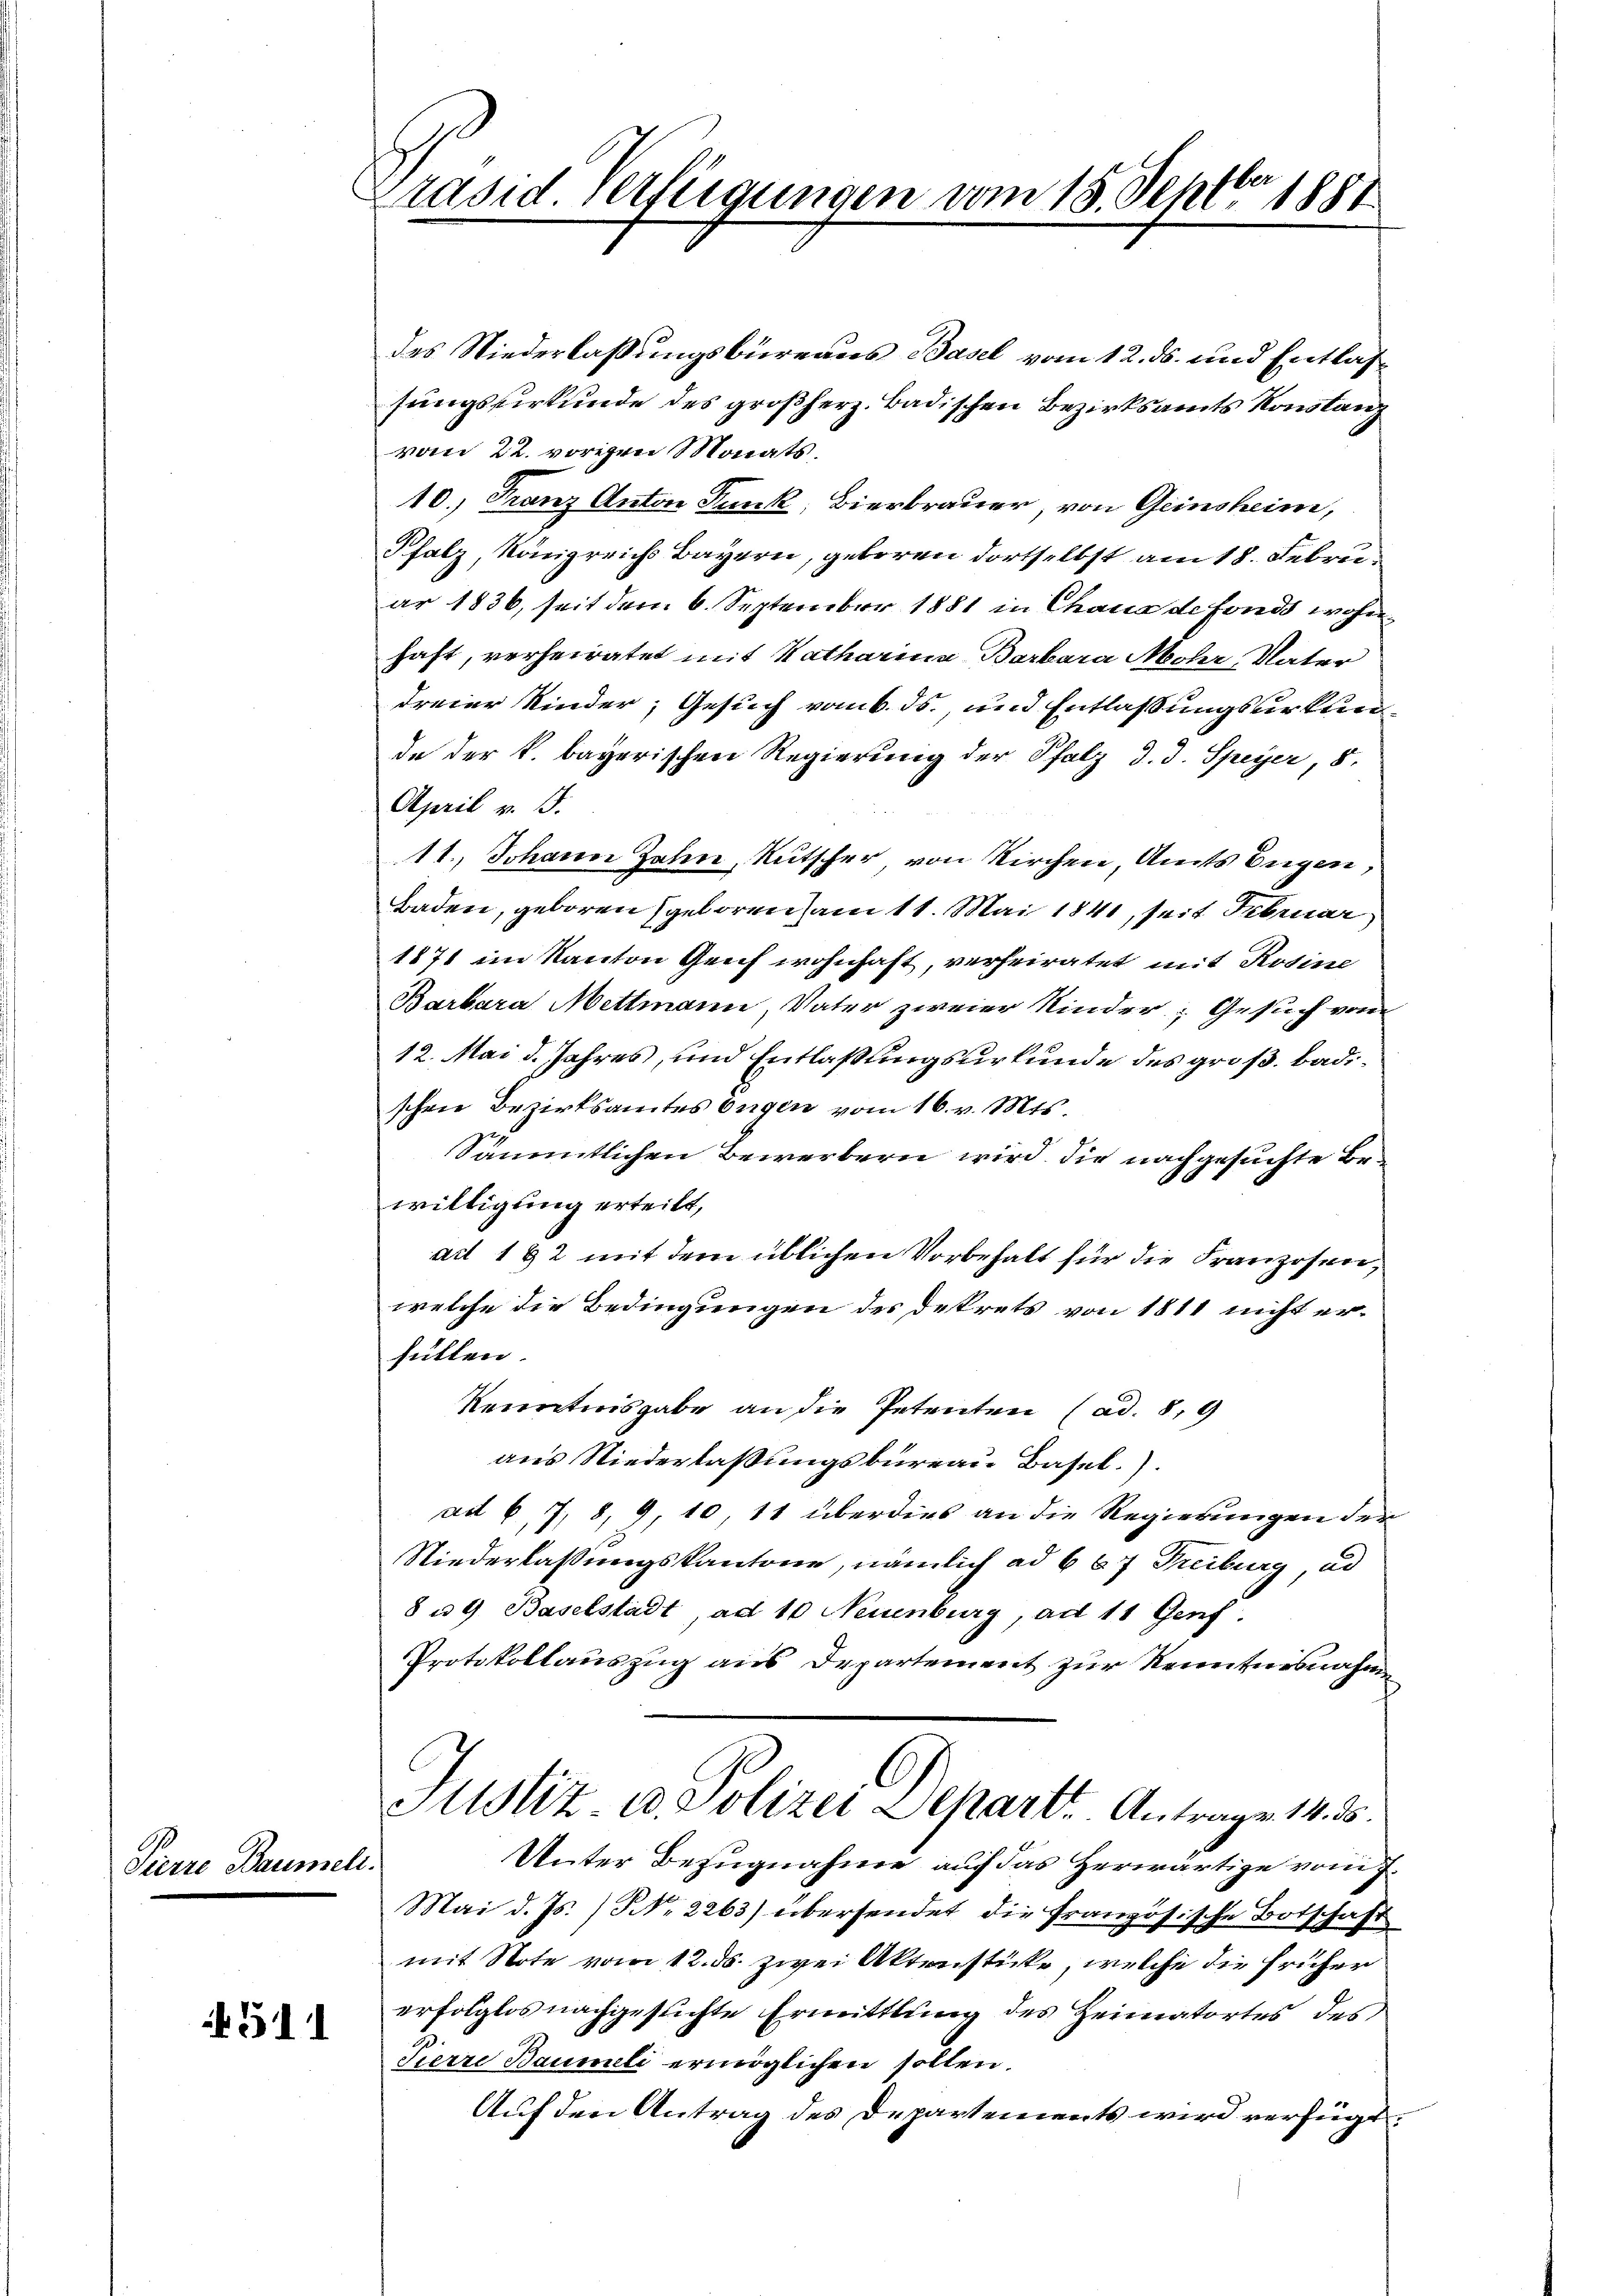
Pierre Baumelt.

511

rasid verfügungen vom 18. Septbr 1881

des Niederlaßungsbüreaus Basel vom 12. ds. und Entlassungsurkunde des großherz. Badischen Bezirksamts Konstanz
vom 22. vorigen Monats.
10.) Franz Anton Tunk, Bierbrauer, von Geinsheim,
Pfalz, Königreichs Bayern, geboren dortselbst am 18. Febru
ar 1836, seit dem 6. September 1881 in Chana de fonds wohnhaft, verheiratet mit Katharina Barbara Mohr, Vater
dreier Kinder, Gesuch vom 6. ds., und Entlaßungsurkunde der k. bayerischen Regierung der Pfalz d. d. Speyer, 8
April v. J.
11., Johann Jahn, Kutscher von Kirchen, Amts Eugen,
Baden, geboren geloren am 11. Mai 1841, seit Februar
1871 im Kanton Genf wohnhaft, verheiratet mit Rosine
Barbara Mettmann, Vater zweier Kinder; Gesuch von
12. Mai d. Jahres, und Entlaßungsurkunde des groß. Badischen Bezirksamtes engen vom 16. v. Mts.
Sämmtlichen Bewerbern wird die nachgesuchte Bewilligung erteilt,
ad 192 mit dem üblichen Vorbehalt für die Franzosen,
welche die Bedingungen des Dekrets von 1811 nicht erfüllen.
Renntnisgabe an die Petenten (ad. 8,9
aus Niederlaßungsbureau Basel.).
ad 6, 7, 8, 9, 10, 11 überdies an die Regierungen der
Niederlassungskantone, nämlich ad 667 Treiburg, ad
8 u 9 Baselstadt, ad 10 Neuenburg, ad 11 Genf,
Protokollauszug aus Departement zur Renntnisnahm
Justiz u. Polizei Depart. Antrage 14. d.
Unter Bezugnahme auf das Herwärtige vom J.
Mai d. Js. No. 2263) übersendet die französische Botschaft
mit Note vom 12. ds. zwei Aktristicke, welche die früher
erfolglos nachgesuchte Ermittlung des Heimatortes des
Pierre Baumeli ermöglichen sollen.
Auf den Antrag des Departements wird verfügt: